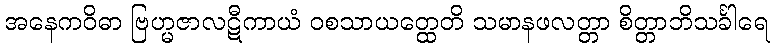
အနေကဝိဓာ ဗြဟ္မဇာလဋီကာယံ ဝစသာယတ္ထေတိ သမာနဖလတ္တာ စိတ္တာဘိသင်္ခါရေ